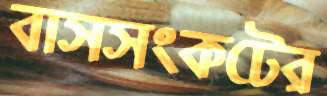
বাসসংকটের